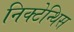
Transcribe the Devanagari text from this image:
निक्टेन्थिस